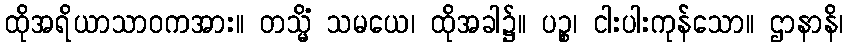
ထိုအရိယာသာဝကအား။ တသ္မိံ သမယေ၊ ထိုအခါ၌။ ပဉ္စ၊ ငါးပါးကုန်သော။ ဌာနာနိ၊